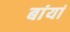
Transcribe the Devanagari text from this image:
बांयां